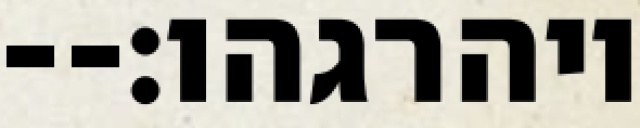
ויהרגהו׃--